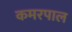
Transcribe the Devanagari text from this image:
कमरपाल